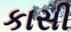
કાસી